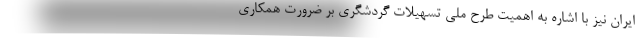
ایران نیز با اشاره به اهمیت طرح ملی تسهیلات گردشگری بر ضرورت همکاری